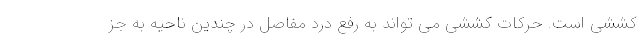
کششی است. حرکات کششی می تواند به رفع درد مفاصل در چندین ناحیه به جز